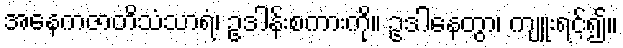
အနေကဇာတိသံသာရံ၊ ဥဒါန်းစကားကို။ ဥဒါနေတွာ၊ ကျူးရင့်၍။